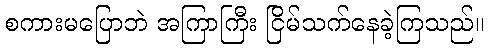
စကားမပြောဘဲ အကြာကြီး ငြိမ်သက်နေခဲ့ကြသည်။